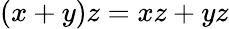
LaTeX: (x+y)z=xz+yz